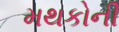
મથકોની